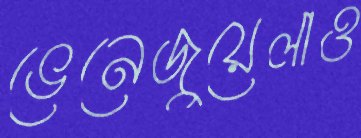
ভেনেজুয়েলাও